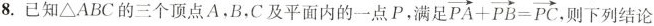
8.已知ΔABC的三个顶点A，B，C及平面内的一点P，满足 $$\overrightarrow { P A } + \overrightarrow { P B } = \overrightarrow { P C }$$ 则下列结论